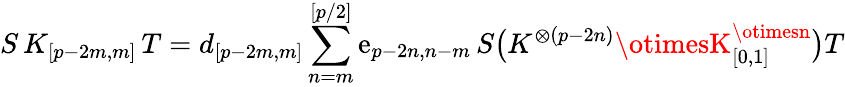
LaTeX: S\, K_{[p-2m,m]}\, T=d_{[p-2m,m]}\sum_{n=m}^{[p/2]}\mathrm{e}_{p-2n,n-m}\, S\bigl(K^{\otimes(p-2n)}\otimesK_{[0,1]}^{\otimesn}\bigr)T